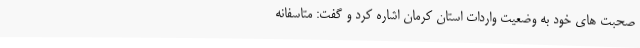
صحبت های خود به وضعیت واردات استان کرمان اشاره کرد و گفت: متاسفانه